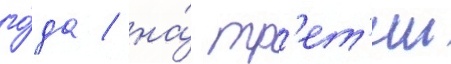
го́да / на́ тр'ет'ии